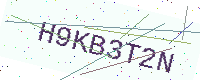
Text: H9KB3T2N